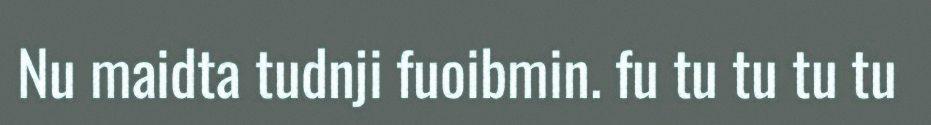
Nu maidta tudnji fuoibmin. fu tu tu tu tu